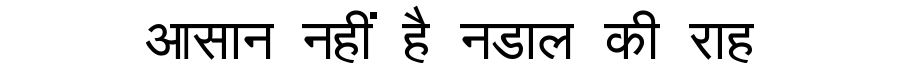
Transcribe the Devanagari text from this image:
आसान नहीं है नडाल की राह